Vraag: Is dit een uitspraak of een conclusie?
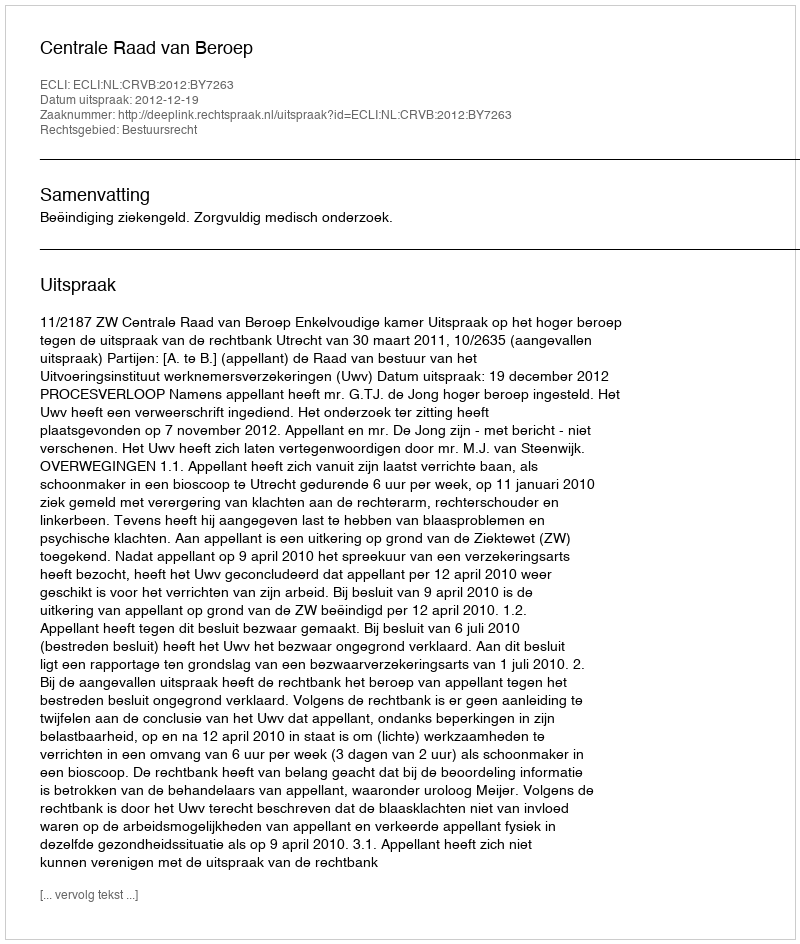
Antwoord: Uitspraak